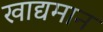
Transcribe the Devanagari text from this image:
खाद्यमान